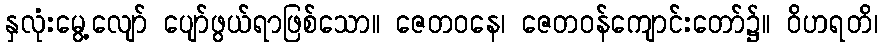
နှလုံးမွေ့လျော် ပျော်ဖွယ်ရာဖြစ်သော။ ဇေတဝနေ၊ ဇေတဝန်ကျောင်းတော်၌။ ဝိဟရတိ၊